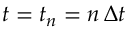
t = t _ { n } = n \, \Delta t